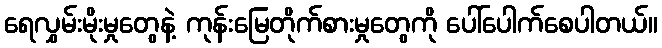
ရေလွှမ်းမိုးမှုတွေနဲ့ ကုန်းမြေတိုက်စားမှုတွေကို ပေါ်ပေါက်စေပါတယ်။